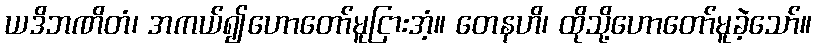
ယဒိဘဏိတံ၊ အကယ်၍ဟောတော်မူငြားအံ့။ တေနဟိ၊ ထိုသို့ဟောတော်မူခဲ့သော်။